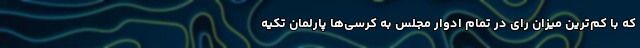
که با کم‌ترین میزان رای در تمام ادوار مجلس به کرسی‌ها پارلمان تکیه‌